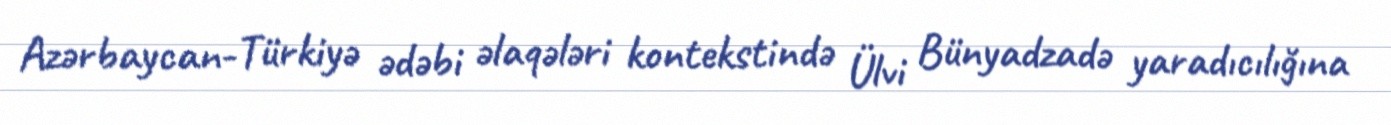
Azərbaycan-Türkiyə ədəbi əlaqələri kontekstində Ülvi Bünyadzadə yaradıcılığına